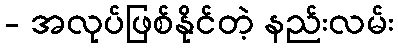
- အလုပ်ဖြစ်နိုင်တဲ့ နည်းလမ်း